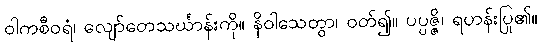
ဝါကစီဝရံ၊ လျော်တေသင်္ဃာန်းကို။ နိဝါသေတွာ၊ ဝတ်၍။ ပပ္ပဇ္ဇိ၊ ရဟန်းပြု၏။